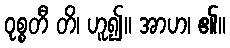
ဝုစ္စတီ တိ၊ ဟူ၍။ အာဟ၊ ၏။